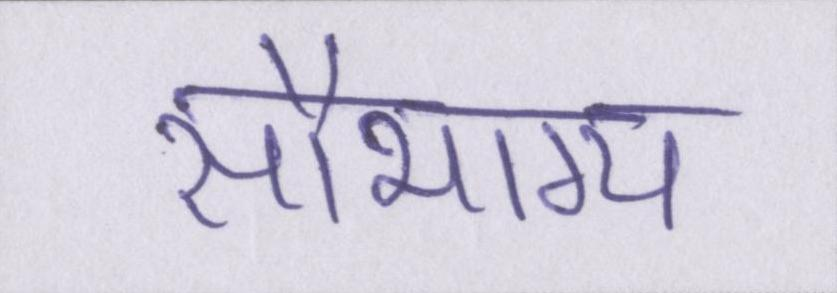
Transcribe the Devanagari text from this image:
सौभाग्य